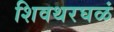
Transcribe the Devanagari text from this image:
शिवथरघळं